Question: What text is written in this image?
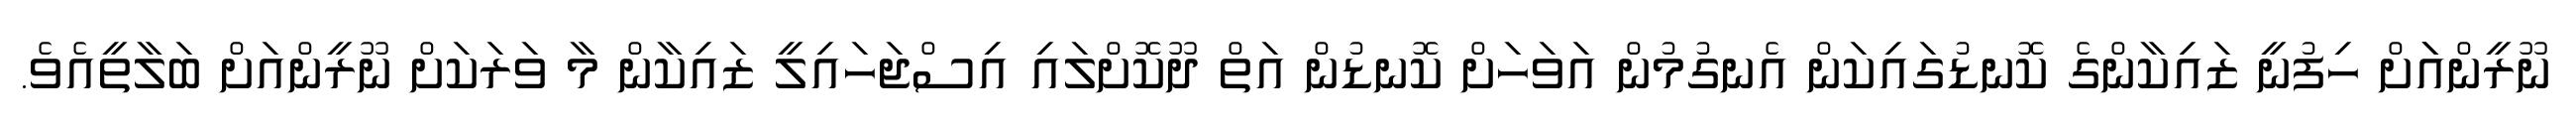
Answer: ނޫރީންއަަށް ހިފުނީ ޒައިކާންގެ ކޮނޑުގައިކަން އެނގުމުން އަވަހަށް ކޮނޑުން އަތް ދޫކޮށްލައި އިސްޖަހައިލީ ޒައިކާން މާ ވަރަކަށް ނޫރީންއަށް ބަލާތީއެވެ.